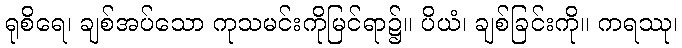
ရုစိရေ၊ ချစ်အပ်သော ကုသမင်းကိုမြင်ရာ၌။ ပိယံ၊ ချစ်ခြင်းကို။ ကရဿု၊